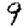
Digit: 9